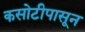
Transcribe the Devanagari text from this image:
कसोटीपासून